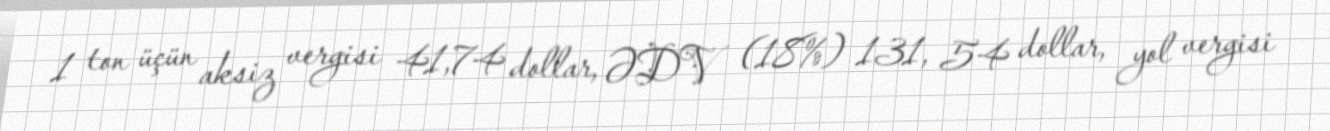
1 ton üçün aksiz vergisi 41,74 dollar, ƏDV (18%) 131, 54 dollar, yol vergisi